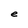
Character: e